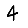
Digit: 4